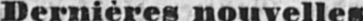
Dernières nouvelles